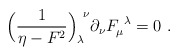
\begin{align*}\Bigl( {1\over \eta - F^2} \Bigr)_\lambda^{\ \nu}\partial_\nu F_\mu^{\ \lambda} = 0 \ .\end{align*}